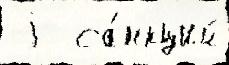
 j  са́нкций